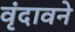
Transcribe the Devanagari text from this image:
वृंदावने